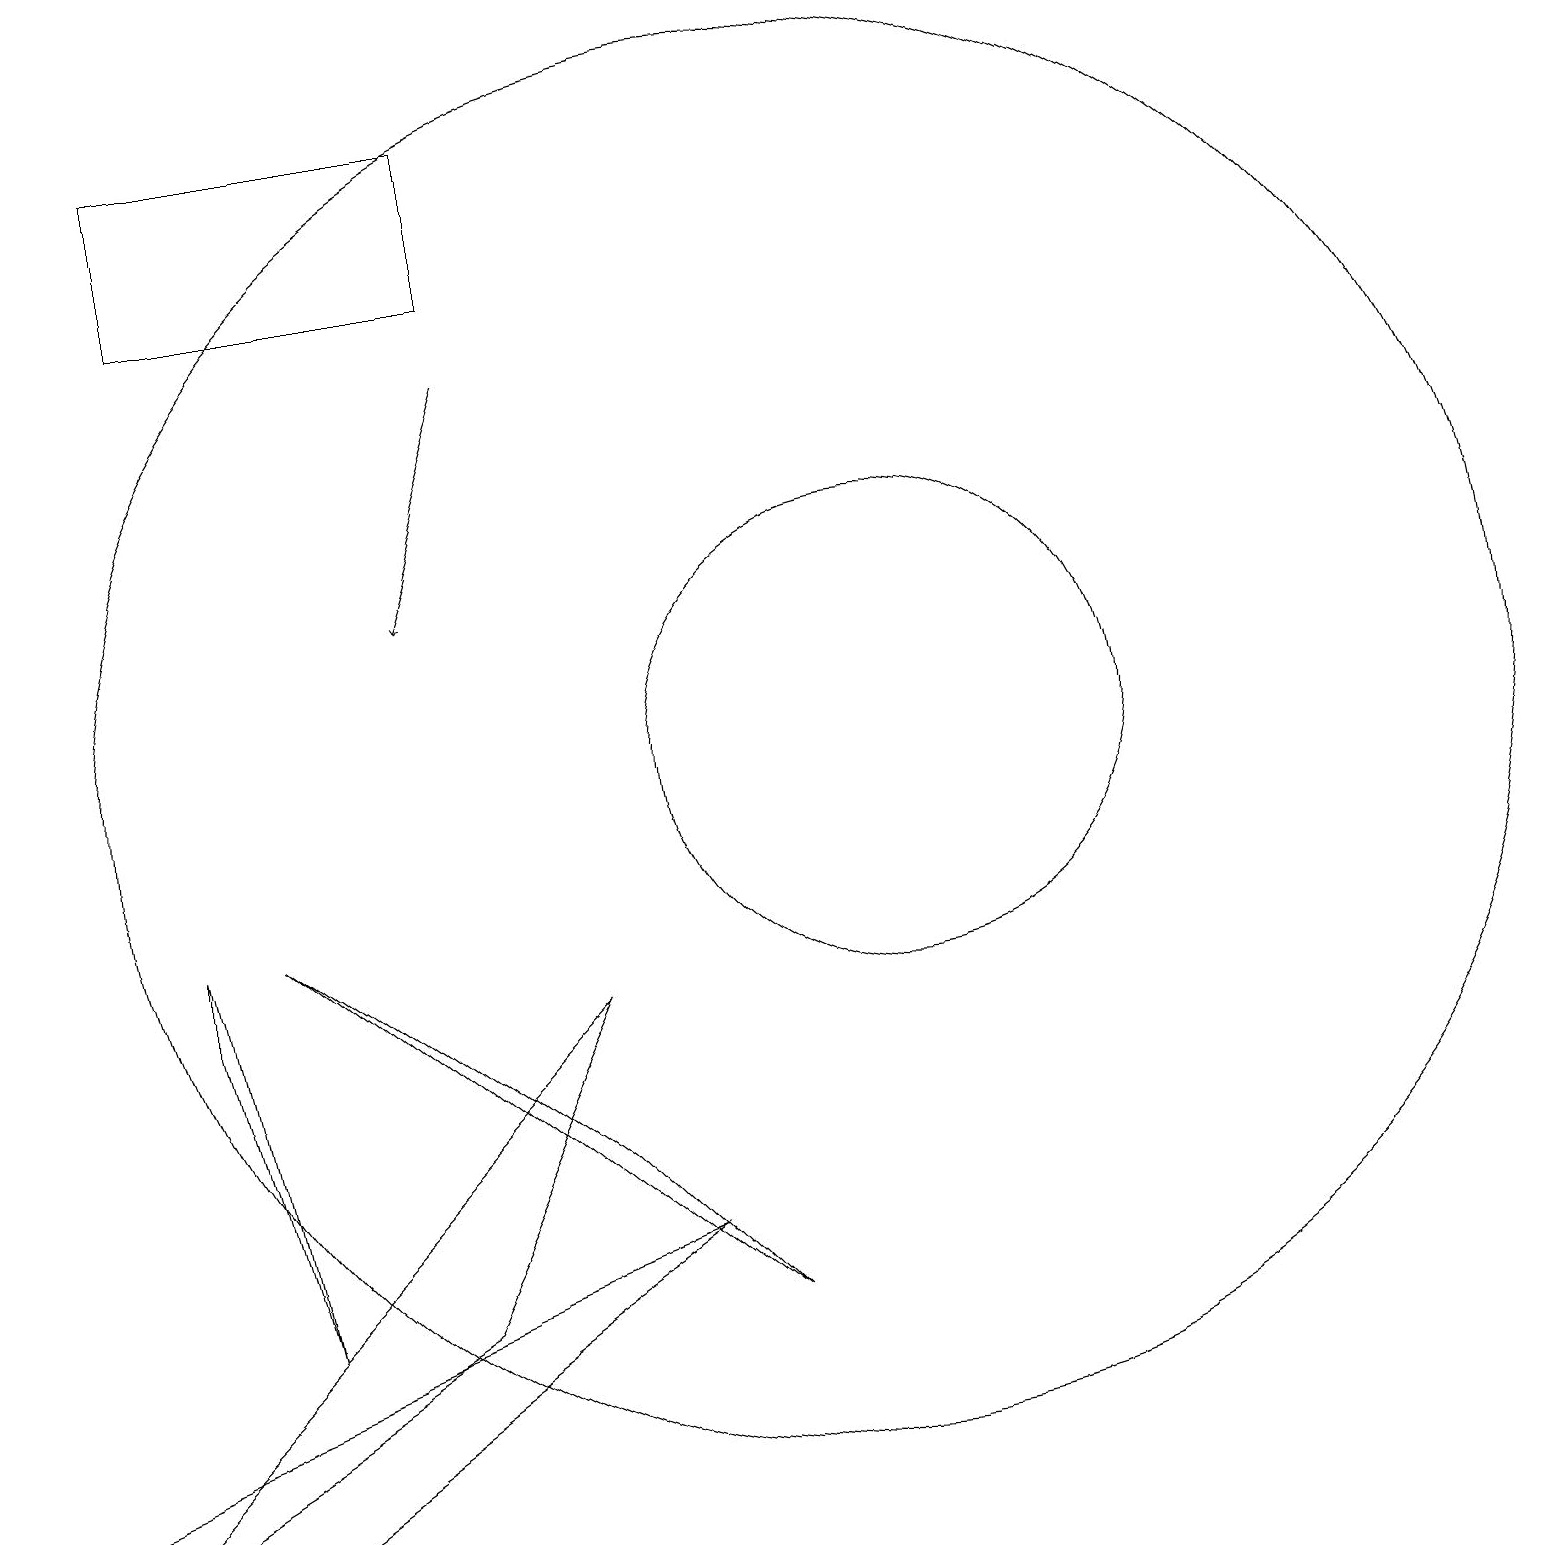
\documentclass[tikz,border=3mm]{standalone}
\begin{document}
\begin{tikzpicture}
\draw (2,9) -- (3,4) -- (2,8) -- cycle;
\draw (3,9) -- (9,4) -- (7,6) -- cycle;
\draw (10,11) circle (9);
\draw (0,1) -- (7,8) -- (5,4) -- cycle;
\draw (2,1) -- (8,5) -- (0,2) -- cycle;
\draw[->] (6,16) -- (5,13);
\draw (2,19) rectangle (6,17);
\draw (11,11) circle (3);
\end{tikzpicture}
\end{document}